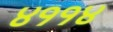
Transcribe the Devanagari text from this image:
४११४